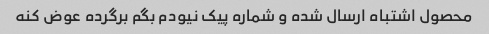
محصول اشتباه ارسال شده و شماره پیک نیودم بگم برگرده عوض کنه